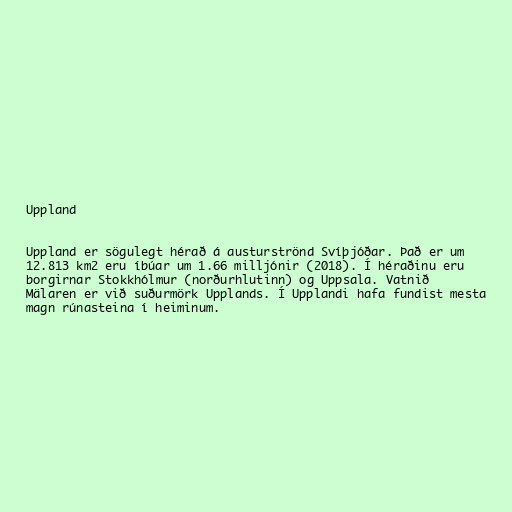
Uppland

Uppland er sögulegt hérað á austurströnd Svíþjóðar. Það er um
12.813 km2 eru íbúar um 1.66 milljónir (2018). Í héraðinu eru
borgirnar Stokkhólmur (norðurhlutinn) og Uppsala. Vatnið
Mälaren er við suðurmörk Upplands. Í Upplandi hafa fundist mesta
magn rúnasteina í heiminum.